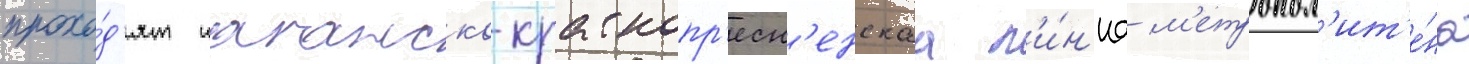
прохо́д'ят таганско-краснопр'есн'енскаа л'и́н'иа м'етропол'ит'е́на